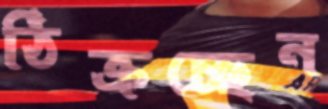
ঠিক্‌রচ্ছেন